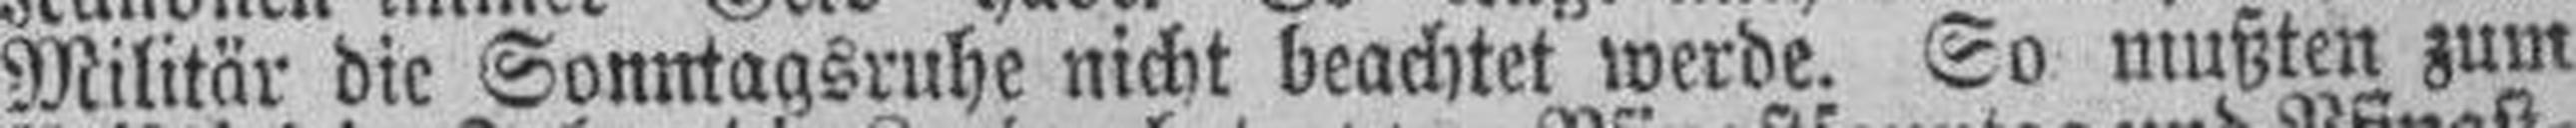
Militär die Sonntagsruhe nicht beachtet werde. So mußten zum